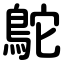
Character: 鴕